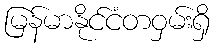
မြန်မာနိုင်ငံတဝှမ်းရှိ